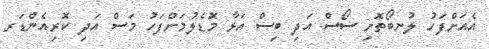
އެއަށްފަހު ލުނބޯތޮށި ސޯސް އަދި ބިސް އަޅާ މޮޑެލުމަށްފަހު މަސް އަދި ކޮރިއެންޑަރ